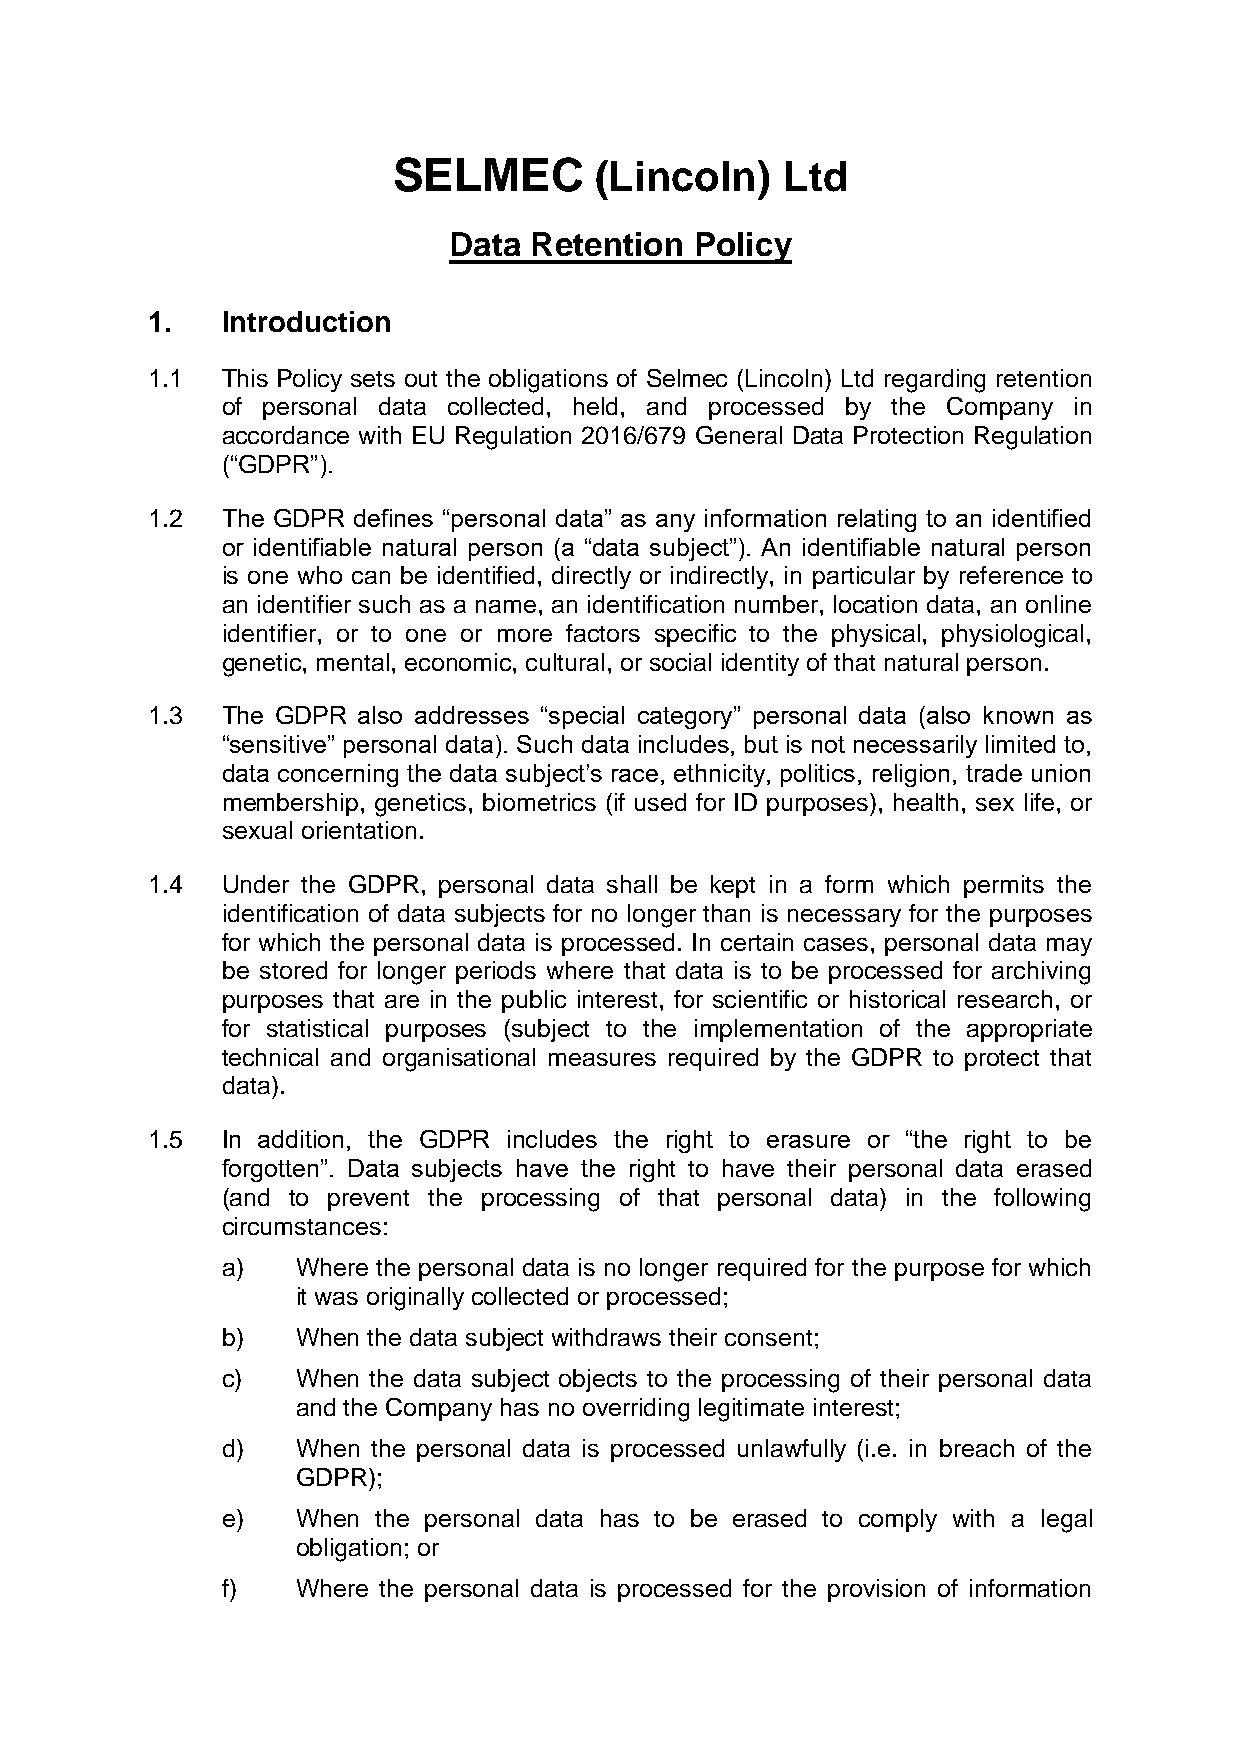
SELMEC       (Lincoln)    Ltd
 Data Retention  Policy
 1.   Introduction
 1.1  This Policy sets out the obligations of Selmec (Lincoln) Ltd regarding retention
 of personal data collected, held, and processed by the Company in
 accordance with EU Regulation 2016/679 General Data Protection Regulation
 (“GDPR”).
 1.2  The GDPR defines “personal data” as any information relating to an identified
 or identifiable natural person (a “data subject”). An identifiable natural person
 is one who can be identified, directly or indirectly, in particular by reference to
 an identifier such as a name, an identification number, location data, an online
 identifier, or to one or more factors specific to the physical, physiological,
 genetic, mental, economic, cultural, or social identity of that natural person.
 1.3  The GDPR also addresses “special category” personal data (also known as
 “sensitive” personal data). Such data includes, but is not necessarily limited to,
 data concerning the data subject’s race, ethnicity, politics, religion, trade union
 membership, genetics, biometrics (if used for ID purposes), health, sex life, or
 sexual orientation.
 1.4  Under the GDPR, personal data shall be kept in a form which permits the
 identification of data subjects for no longer than is necessary for the purposes
 for which the personal data is processed. In certain cases, personal data may
 be stored for longer periods where that data is to be processed for archiving
 purposes that are in the public interest, for scientific or historical research, or
 for statistical purposes (subject to the implementation of the appropriate
 technical and organisational measures required by the GDPR to protect that
 data).
 1.5  In addition, the GDPR includes the right to erasure or “the right to be
 forgotten”. Data subjects have the right to have their personal data erased
 (and to prevent the processing of that personal data) in the following
 circumstances:
 a)   Where the personal data is no longer required for the purpose for which
 it was originally collected or processed;
 b)   When the data subject withdraws their consent;
 c)   When the data subject objects to the processing of their personal data
 and the Company has no overriding legitimate interest;
 d)   When the personal data is processed unlawfully (i.e. in breach of the
 GDPR);
 e)   When the personal data has to be erased to comply with a legal
 obligation; or
 f)   Where the personal data is processed for the provision of information